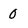
Character: 0